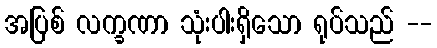
အပြစ် လက္ခဏာ သုံးပါးရှိသော ရုပ်သည် --